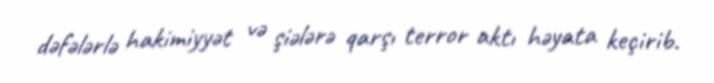
dəfələrlə hakimiyyət və şiələrə qarşı terror aktı həyata keçirib.